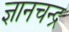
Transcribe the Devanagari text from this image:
ज्ञानचन्द्र